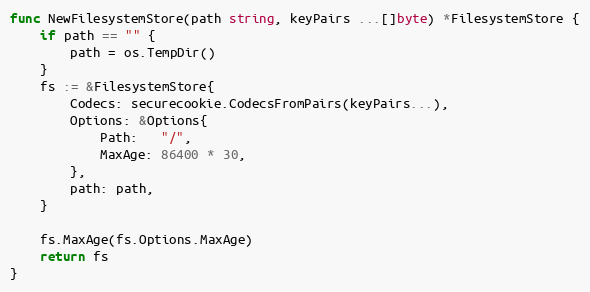
Language: Go
func NewFilesystemStore(path string, keyPairs ...[]byte) *FilesystemStore {
	if path == "" {
		path = os.TempDir()
	}
	fs := &FilesystemStore{
		Codecs: securecookie.CodecsFromPairs(keyPairs...),
		Options: &Options{
			Path:   "/",
			MaxAge: 86400 * 30,
		},
		path: path,
	}

	fs.MaxAge(fs.Options.MaxAge)
	return fs
}